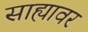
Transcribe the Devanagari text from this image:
साह्यावर